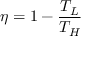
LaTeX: \eta = 1 - { \frac { T _ { L } } { T _ { H } } }